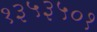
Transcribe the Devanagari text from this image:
१३५३५०१